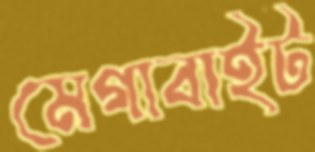
মেগাবাইট